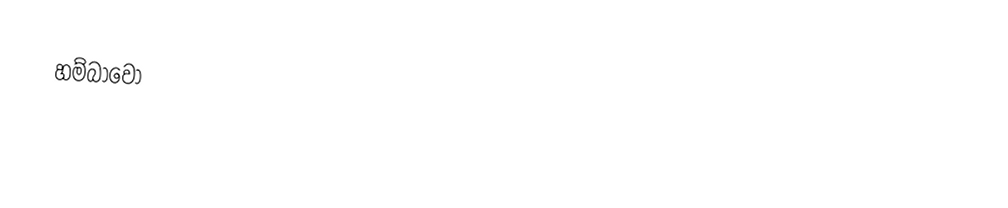
හම්බාවෝ